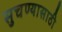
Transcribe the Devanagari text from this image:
सुचण्यासाठी